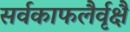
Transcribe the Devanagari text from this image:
सर्वकाफलैर्वृक्षै